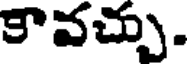
కావచ్చు.